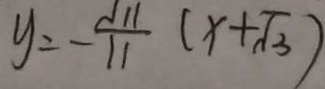
y = - \frac { \sqrt { 1 1 } } { 1 1 } ( x + \sqrt { 3 } )